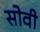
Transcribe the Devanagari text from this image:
सोवी